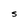
Character: S